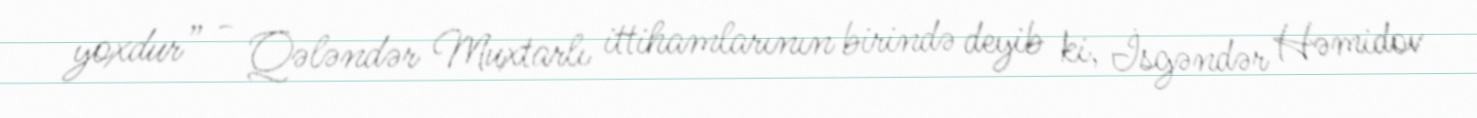
yoxdur” - Qələndər Muxtarlı ittihamlarının birində deyib ki, İsgəndər Həmidov